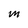
Character: M